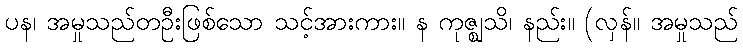
ပန၊ အမှုသည်တဦးဖြစ်သော သင့်အားကား။ န ကုဇ္ဈသိ၊ နည်း။ (လှန်။ အမှုသည်